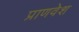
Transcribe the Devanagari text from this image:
प्राणवेश